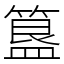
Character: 簋